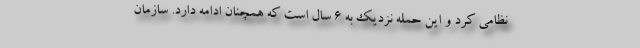
نظامی کرد و این حمله نزدیک به 6 سال است که همچنان ادامه دارد. سازمان